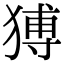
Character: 猼